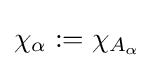
\chi _{\alpha }:=\chi _{A_{\alpha }}